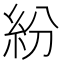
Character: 紛